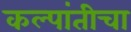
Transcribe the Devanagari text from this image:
कल्पांतीचा